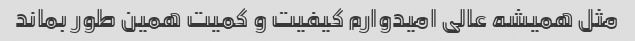
مثل همیشه عالی امیدوارم کیفیت و کمیت همین طور بماند